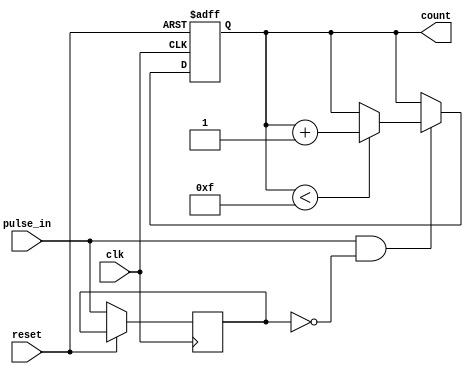
module pulse_counter (
    input wire clk,               // Clock signal
    input wire reset,             // Asynchronous reset signal
    input wire pulse_in,          // Pulse input signal
    output reg [3:0] count        // 4-bit count output
);

    // State for the last pulse input to detect rising edge
    reg last_pulse_in;

    // Always block for counting logic
    always @(posedge clk or posedge reset) begin
        if (reset) begin
            count <= 4'b0000;      // Reset count to 0
        end else begin
            // Rising edge detection
            if (pulse_in && !last_pulse_in) begin
                if (count < 4'b1111) begin // Prevent overflow
                    count <= count + 1; // Increment count
                end
            end
            last_pulse_in <= pulse_in; // Update last pulse input state
        end
    end

endmodule